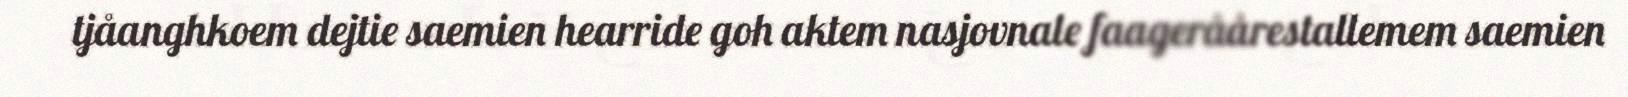
tjåanghkoem dejtie saemien hearride goh aktem nasjovnale faageråårestallemem saemien